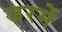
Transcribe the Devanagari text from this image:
जरमें